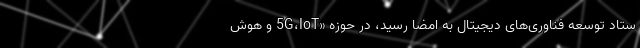
ستاد توسعه فناوری‌های دیجیتال به امضا رسید، در حوزه «5G،IoT و هوش